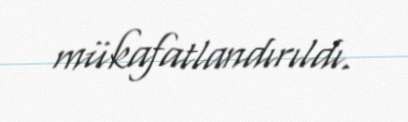
mükafatlandırıldı.